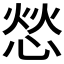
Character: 𫺞